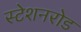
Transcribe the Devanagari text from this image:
स्टेशनरोड